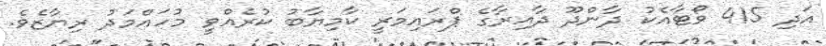
އަދި 415 ވޯޓާއެކު ދާންދޫ ދާއިރާގެ ޕްރައިމަރީ ކާމިޔާބު ކުރެއްވީ މުހައްމަދު ރިޔާޒެވެ.